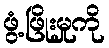
ဖွံ့ဖြိုးမှုကို